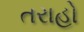
તરાહો